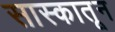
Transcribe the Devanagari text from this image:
सास्कातून